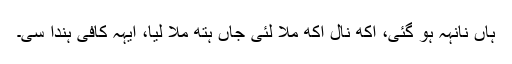
ہاں نانہہ ہو گئی، اکھ نال اکھ ملا لئی جاں ہتھ ملا لیا، ایہہ کافی ہُندا سی۔